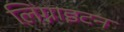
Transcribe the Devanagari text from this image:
लिग्नाइटन